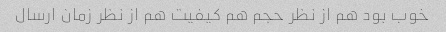
خوب بود هم از نظر حجم هم کیفیت هم از نظر زمان ارسال